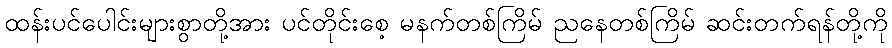
ထန်းပင်ပေါင်းများစွာတို့အား ပင်တိုင်းစေ့ မနက်တစ်ကြိမ် ညနေတစ်ကြိမ် ဆင်းတက်ရန်တို့ကို